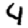
Digit: 4